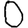
Digit: 0